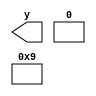
module undef_eqx_nex(y);
output [7:0] y;
assign y[0] = 0/0;
assign y[1] = 0/1;
assign y[2] = 0/0 ==  32'bx;
assign y[3] = 0/0 !=  32'bx;
assign y[4] = 0/0 === 32'bx;
assign y[5] = 0/0 !== 32'bx;
assign y[6] = 0/1 === 32'bx;
assign y[7] = 0/1 !== 32'bx;
endmodule